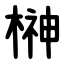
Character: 榊